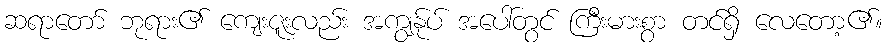
ဆရာတော် ဘုရား၏ ကျေးဇူးလည်း အကျွန်ုပ် အပေါ်တွင် ကြီးမားစွာ တင်ရှိ လေတော့၏။